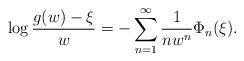
LaTeX: \begin{align*}\log\frac{g(w)-\xi}{w}=-\sum\limits_{n=1}^{\infty}\frac{1}{nw^n}\Phi_n(\xi).\end{align*}